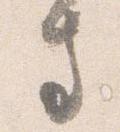
寺